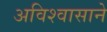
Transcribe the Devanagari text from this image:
अविश्वासाने